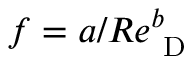
f = a / R e _ { \mathrm { ~ D ~ } } ^ { b }